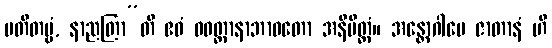
ပတိတဗ္ဗံ, နာညတြာ”တိ ဧဝံ ဝဝတ္ထာနာဘာဝတော အနိမိတ္တံ။ အန္တောဂါမေ ဇာတာနံ ဟိ